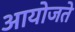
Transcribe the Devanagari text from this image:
आयोजते